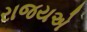
રાજયએ